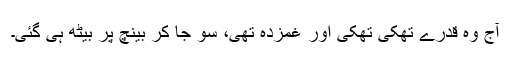
آج وہ قدرے تھکی تھکی اور غمزدہ تھی، سو جا کر بینچ پر بیٹھ ہی گئی۔